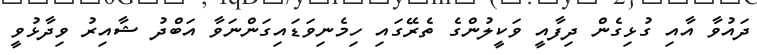
ދައުވާ އާއި ގުޅިގެން ދިފާއީ ވަކީލުންގެ ތެރޭގައި ހިމެނިވަޑައިގަންނަވާ އަބްދު ޝާއިރު ވިދާޅުވީ